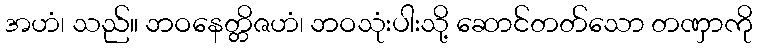
အဟံ၊ သည်။ ဘဝနေတ္တိဇဟံ၊ ဘဝသုံးပါးသို့ ဆောင်တတ်သော တဏှာကို